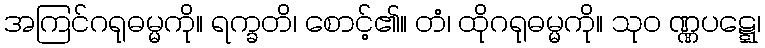
အကြင်ဂရုဓမ္မကို။ ရက္ခတိ၊ စောင့်၏။ တံ၊ ထိုဂရုဓမ္မကို။ သုဝ ဏ္ဏပဋ္ဋေ၊